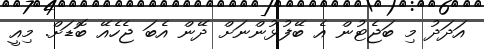
އަދަދު މި ބަޖެޓުން އެ ބޭފުޅުންނަށް ދޭން އެބަ ޖެހެއޭ ބޮޑަށް. މިއީ